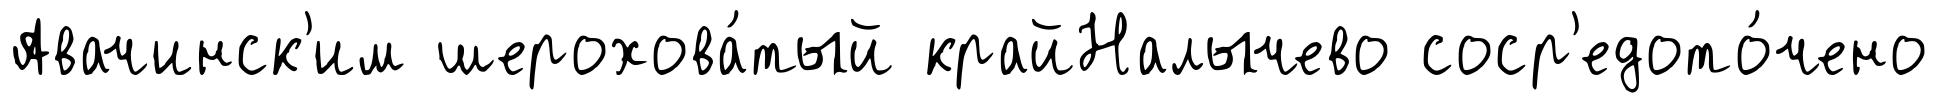
Авачинск'им шерохова́тый крайНалычево соср'едото́чено